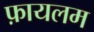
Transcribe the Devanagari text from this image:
फ़ायलम